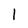
Character: l